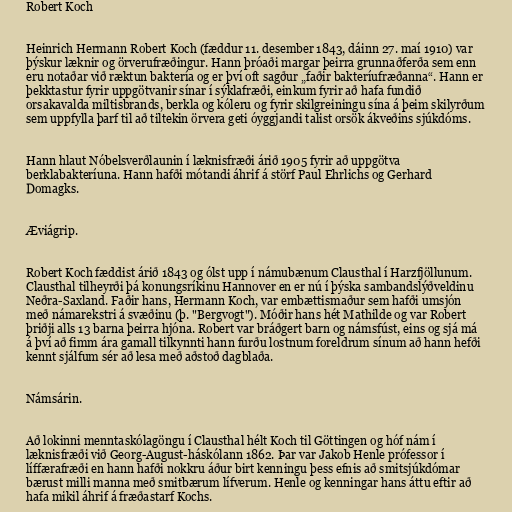
Robert Koch

Heinrich Hermann Robert Koch (fæddur 11. desember 1843, dáinn 27. maí 1910) var
þýskur læknir og örverufræðingur. Hann þróaði margar þeirra grunnaðferða sem enn
eru notaðar við ræktun baktería og er því oft sagður „faðir bakteríufræðanna“. Hann er
þekktastur fyrir uppgötvanir sínar í sýklafræði, einkum fyrir að hafa fundið
orsakavalda miltisbrands, berkla og kóleru og fyrir skilgreiningu sína á þeim skilyrðum
sem uppfylla þarf til að tiltekin örvera geti óyggjandi talist orsök ákveðins sjúkdóms.

Hann hlaut Nóbelsverðlaunin í læknisfræði árið 1905 fyrir að uppgötva
berklabakteríuna. Hann hafði mótandi áhrif á störf Paul Ehrlichs og Gerhard
Domagks.

Æviágrip.

Robert Koch fæddist árið 1843 og ólst upp í námubænum Clausthal í Harzfjöllunum.
Clausthal tilheyrði þá konungsríkinu Hannover en er nú í þýska sambandslýðveldinu
Neðra-Saxland. Faðir hans, Hermann Koch, var embættismaður sem hafði umsjón
með námarekstri á svæðinu (þ. "Bergvogt"). Móðir hans hét Mathilde og var Robert
þriðji alls 13 barna þeirra hjóna. Robert var bráðgert barn og námsfúst, eins og sjá má
á því að fimm ára gamall tilkynnti hann furðu lostnum foreldrum sínum að hann hefði
kennt sjálfum sér að lesa með aðstoð dagblaða.

Námsárin.

Að lokinni menntaskólagöngu í Clausthal hélt Koch til Göttingen og hóf nám í
læknisfræði við Georg-August-háskólann 1862. Þar var Jakob Henle prófessor í
líffærafræði en hann hafði nokkru áður birt kenningu þess efnis að smitsjúkdómar
bærust milli manna með smitbærum lífverum. Henle og kenningar hans áttu eftir að
hafa mikil áhrif á fræðastarf Kochs.